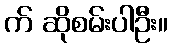
က် ဆိုစမ်းပါဦး။